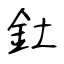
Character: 釷